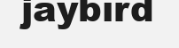
jaybird